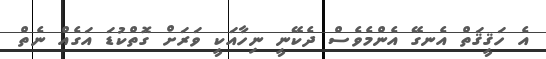
އެ ހަޤީޤަތް އެނގޭ އެންމެވެސް ދެކޭނީ ނިހާއަކީ ވަރަށް ގޮތްކުޑަ އަގެއް ނެތް